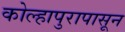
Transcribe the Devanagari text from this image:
कोल्हापुरापासून